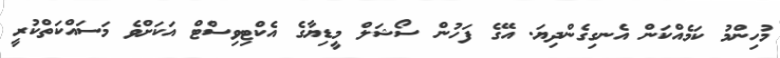
މުހިންމު ކަމެއްކަން އެނގިގެންދިޔަ. އޭގެ ފަހުން ސޯޝަލް މީޑިޔާގެ އެކްޓިވިސްޓް އަކަށްވެ މަސައްކަތްކުރީ